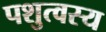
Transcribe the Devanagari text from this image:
पशुत्वस्य